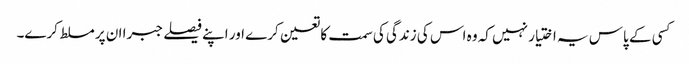
کسی کے پاس یہ اختیار نہیں کہ وہ اس کی زندگی کی سمت کا تعین کرے اور اپنے فیصلے جبرا ان پر مسلط کرے۔